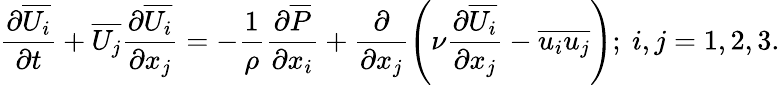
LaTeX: \frac{\partial\overline{{U_{i}}}}{\partial t}+\overline{{U_{j}}}\frac{\partial\overline{{U_{i}}}}{\partial x_{j}}=-\frac{1}{\rho}\frac{\partial\overline{{P}}}{\partial x_{i}}+\frac{\partial}{\partial x_{j}}\left({\nu\frac{\partial\overline{{U_{i}}}}{\partial x_{j}}}-\overline{{u_{i}u_{j}}}\right);~i,j={1,2,3}.